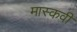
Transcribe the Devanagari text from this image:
मास्कवी